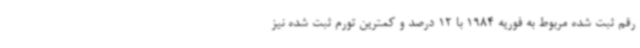
رقم ثبت شده مربوط به فوریه 1984 با 12 درصد و کمترین تورم ثبت شده نیز